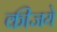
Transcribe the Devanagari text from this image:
कीजये